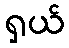
ရှယ်